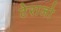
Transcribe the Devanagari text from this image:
टेराजो